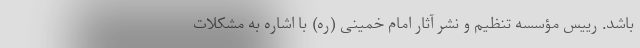
باشد. رییس مؤسسه تنظیم و نشر آثار امام خمینی (ره) با اشاره به مشکلات